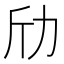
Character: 劤